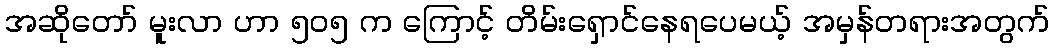
အဆိုတော် မူးလာ ဟာ ၅၀၅ က ကြောင့် တိမ်းရှောင်နေရပေမယ့် အမှန်တရားအတွက်